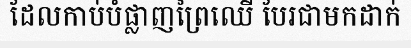
ដែលកាប់បំផ្លាញព្រៃឈើ បែរជាមកដាក់